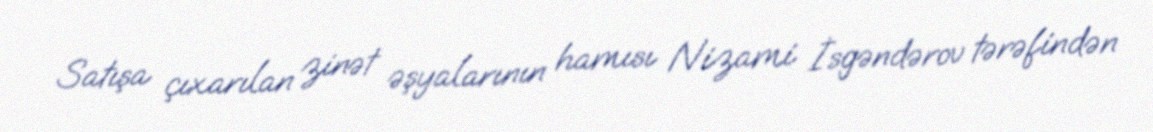
Satışa çıxarılan zinət əşyalarının hamısı Nizami İsgəndərov tərəfindən